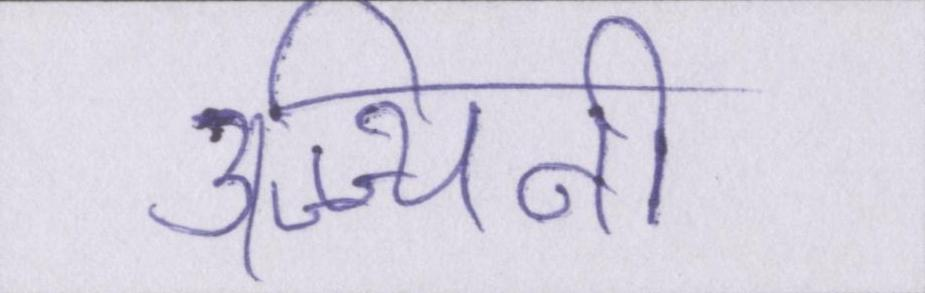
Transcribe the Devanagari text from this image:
उज्ज्यिनी